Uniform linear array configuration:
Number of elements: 8
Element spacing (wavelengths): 1
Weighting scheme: exponential
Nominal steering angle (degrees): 30
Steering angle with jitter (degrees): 30.128
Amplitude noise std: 0.05
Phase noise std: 0.05

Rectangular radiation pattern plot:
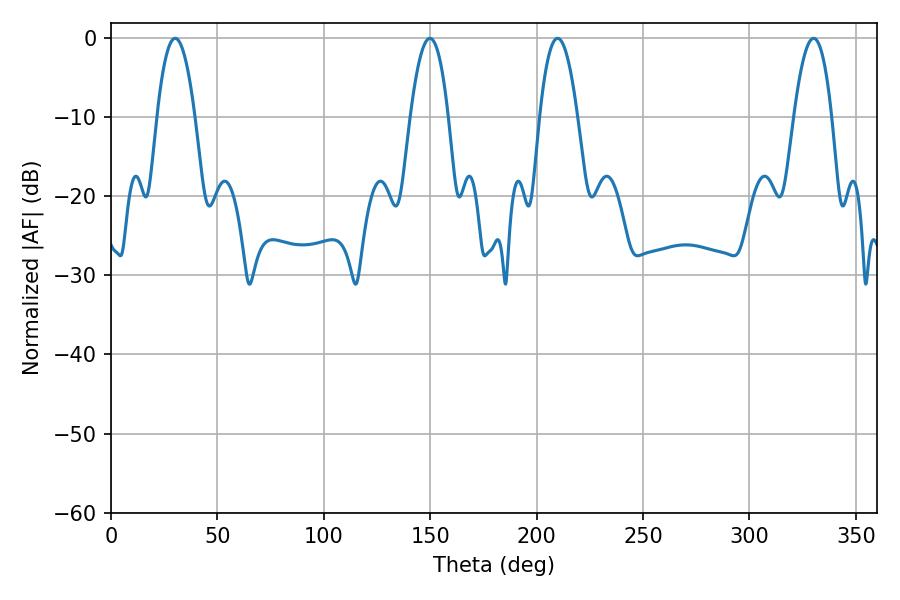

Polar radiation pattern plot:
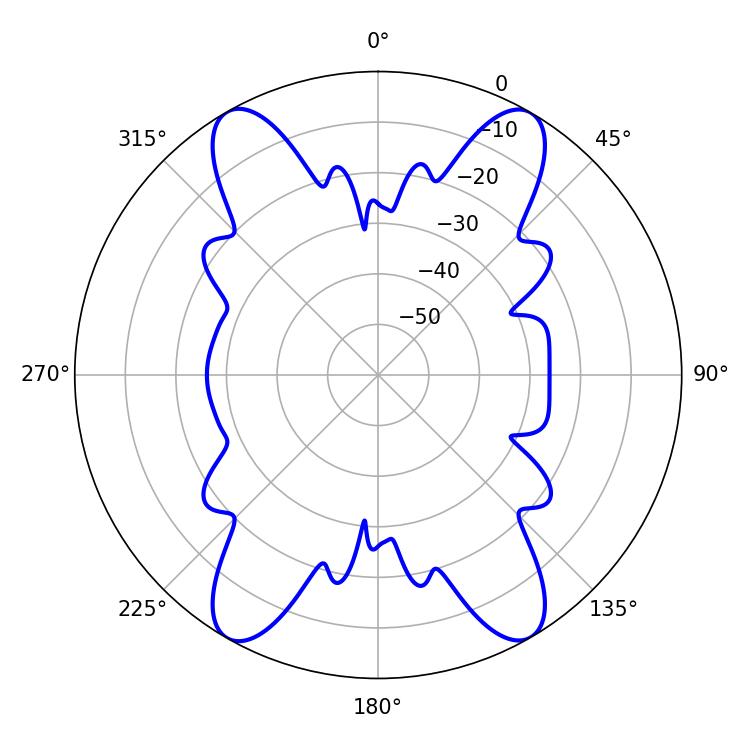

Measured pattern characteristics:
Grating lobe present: TRUE
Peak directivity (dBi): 34.314
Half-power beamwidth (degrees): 9.9
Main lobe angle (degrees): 209.88